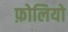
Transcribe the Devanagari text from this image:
फ़ोलियो